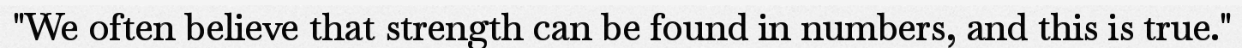
"We often believe that strength can be found in numbers, and this is true."